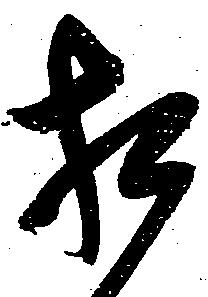
相